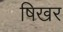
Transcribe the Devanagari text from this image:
षिखर